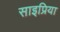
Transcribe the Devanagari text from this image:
साइप्रिया